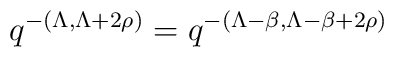
q^{-(\Lambda,\Lambda+2\rho)}=q^{-(\Lambda-\beta,\Lambda-\beta+2\rho)}